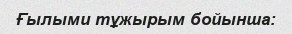
Ғылыми тұжырым бойынша: